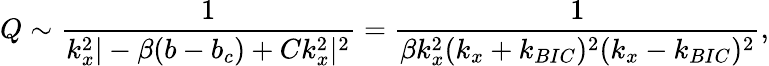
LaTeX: Q\sim\frac{1}{k_{x}^{2}|-\beta(b-b_{c})+Ck_{x}^{2}|^{2}}=\frac{1}{\beta k_{x}^{2}(k_{x}+k_{BIC})^{2}(k_{x}-k_{BIC})^{2}},